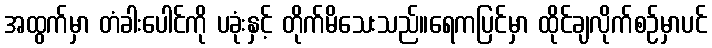
အထွက်မှာ တံခါးပေါင်ကို ပခုံးနှင့် တိုက်မိသေးသည်။ရေကပြင်မှာ ထိုင်ချလိုက်စဉ်မှာပင်